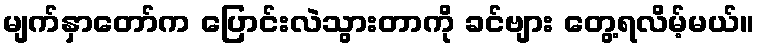
မျက်နှာတော်က ပြောင်းလဲသွားတာကို ခင်ဗျား တွေ့ရလိမ့်မယ်။